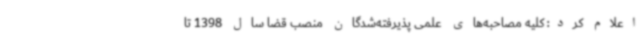
اعلام کرد: کلیه مصاحبه‌های علمی پذیرفته‌شدگان منصب قضا سال 1398 تا